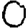
Digit: 0